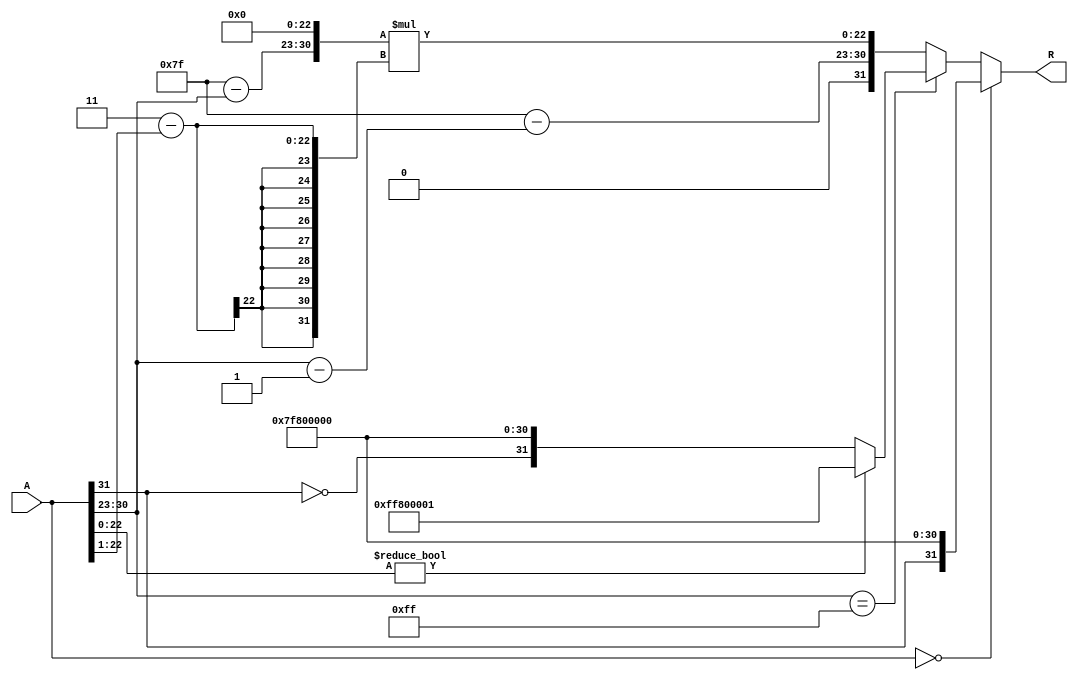
module floating_point_reciprocal (
    input  [31:0] A, // Input: 32-bit IEEE 754 floating-point number
    output reg [31:0] R // Output: 32-bit IEEE 754 floating-point reciprocal
);

    // Internal signals
    wire S_A; // Sign bit of A
    wire [7:0] E_A; // Exponent of A
    wire [22:0] M_A; // Mantissa of A
    reg S_R; // Sign bit of R
    reg [7:0] E_R; // Exponent of R
    reg [22:0] M_R; // Mantissa of R
    reg [31:0] approx; // Approximation of reciprocal
    reg [31:0] temp; // Temporary variable for calculations

    // Decompose the input A
    assign S_A = A[31];
    assign E_A = A[30:23];
    assign M_A = A[22:0];

    always @(*) begin
        // Default output
        R = 32'b0;

        // Handle special cases
        if (A == 32'b0) begin
            // If A is zero, output should be infinity with the same sign
            R = {S_A, 8'hFF, 23'b0}; // Infinity
        end else if (E_A == 8'hFF) begin
            // If A is NaN or infinity
            if (M_A != 23'b0) begin
                // A is NaN
                R = {1'b1, 8'hFF, 23'b1}; // Propagate NaN
            end else begin
                // A is infinity
                R = {S_A ^ 1'b1, 8'hFF, 23'b0}; // Reciprocal of infinity is zero
            end
        end else begin
            // Normal case: Calculate reciprocal
            // Initial approximation using a simple method (1/x)
            // Here we can use a simple approximation for demonstration
            // In practice, you might want to use a more sophisticated method
            approx = {1'b0, 8'h7F - E_A, 23'b0}; // Initial approximation
            
            // Newton-Raphson iteration (1/x = 1/2 * (3 - x * y))
            // For simplicity, we will do one iteration here
            temp = approx;
            approx = approx * (3'b11 - (A[22:0] >> 1)); // x = approx, y = A
            
            // Normalize the result
            S_R = 0; // Sign of reciprocal is always positive for positive numbers
            E_R = 8'h7F - (E_A - 1); // Adjust exponent for reciprocal
            M_R = approx[22:0]; // Use the mantissa from the approximation
            
            // Combine sign, exponent, and mantissa
            R = {S_R, E_R, M_R};
        end
    end
endmodule